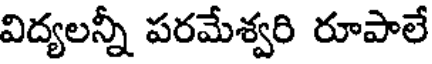
విద్యలన్నీ పరమేశ్వరి రూపాలే